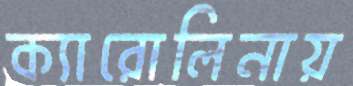
ক্যারোলিনায়